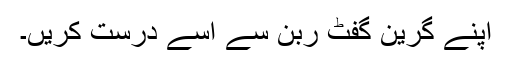
اپنے گرین گفٹ ربن سے اسے درست کریں۔